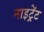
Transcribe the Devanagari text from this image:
नाइट्रेंट